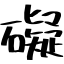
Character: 礙